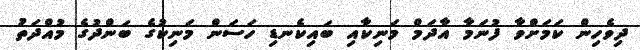
ދިވެހިން ކަމަށްވާ ފުނަމާ އާދަމް މަނިކާއި ބައިކެނޑި ހަސަން މަނިކުގެ ބަންދުގެ މުއްދަތު